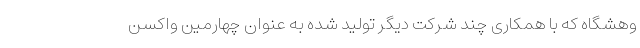
وهشگاه که با همکاری چند شرکت دیگر تولید شده به عنوان چهارمین واکسن